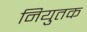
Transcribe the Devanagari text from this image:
नियुतक